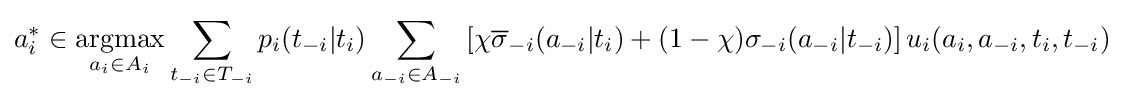
a_{i}^{*}\in {\underset {a_{i}\in A_{i}}{\operatorname {argmax} }}\sum _{t_{-i}\in T_{-i}}p_{i}(t_{-i}|t_{i})\sum _{a_{-i}\in A_{-i}}\left[\chi {\overline {\sigma }}_{-i}(a_{-i}|t_{i})+(1-\chi )\sigma _{-i}(a_{-i}|t_{-i})\right]u_{i}(a_{i},a_{-i},t_{i},t_{-i})